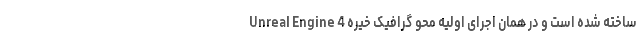
Unreal Engine 4 ساخته شده است و در همان اجرای اولیه محو گرافیک خیره